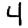
Digit: 4